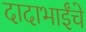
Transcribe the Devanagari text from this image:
दादाभाईंचे